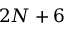
2 N + 6